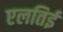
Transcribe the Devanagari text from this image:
एलतिई